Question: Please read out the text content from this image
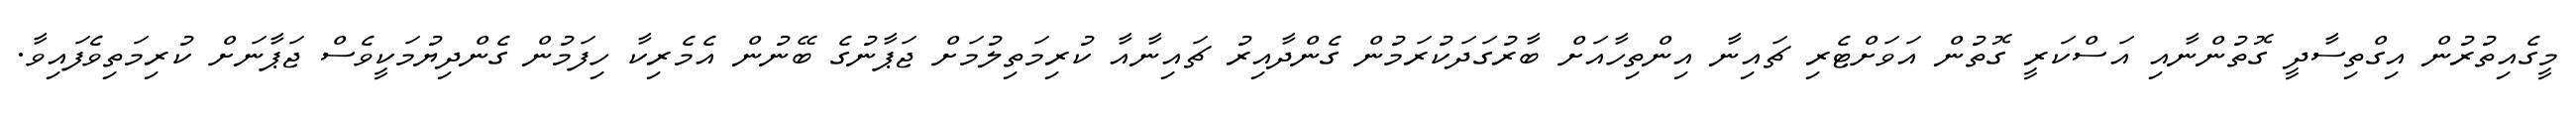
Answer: މީގެއިތުރުން އިގްތިސާދީ ގޮތުންނާއި އަސްކަރީ ގޮތުން އަވަށްޓެރި ޗައިނާ އިންތިހާއަށް ބާރުގަދަކުރަމުން ގެންދާއިރު ޗައިނާއާ ކުރިމަތިލުމަށް ޖަޕާނުގެ ބޭނުން އެމެރިކާ ހިފަމުން ގެންދިޔުމަކީވެސް ޖަޕާނަށް ކުރިމަތިވެފައިވާ.